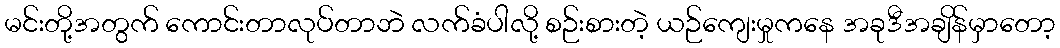
မင်းတို့အတွက် ကောင်းတာလုပ်တာဘဲ လက်ခံပါလို့ စဉ်းစားတဲ့ ယဉ်ကျေးမှုကနေ အခုဒီအချိန်မှာတော့